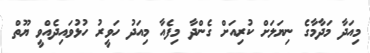
މިއަދާ މަދާމާގެ ނިޔަލަށް ކުރިއަށް ގެންދާ މިފެއާ މިއަދު ހަވީރު ހުޅުވައިދެއްވީ ޔޫތް